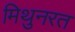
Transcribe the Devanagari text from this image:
मिथुनरत